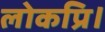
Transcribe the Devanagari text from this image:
लोकप्रि।